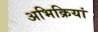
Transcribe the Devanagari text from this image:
अभिक्रियां